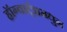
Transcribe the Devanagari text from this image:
हॉग्वार्ट्झमधुन